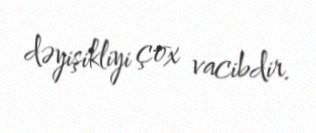
dəyişikliyi çox vacibdir.